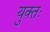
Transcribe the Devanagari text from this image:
युक्‍तः